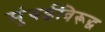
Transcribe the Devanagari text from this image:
मुंबईविरूद्ध